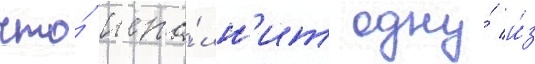
что́ испо́лн'ит одну́ и́з